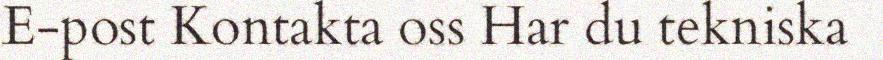
E-post Kontakta oss Har du tekniska